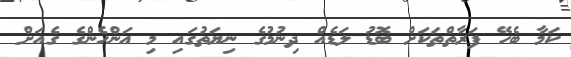
ކަމާ ބެހޭ ފަރާތްތަކަށް ބޮޑު ލަޑެއް ދިނުމުގެ ނިޔަތުގައި މި އަންހެންގެ ގެއަށް